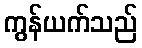
ကွန်ယက်သည်